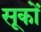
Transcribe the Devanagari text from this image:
सूकों